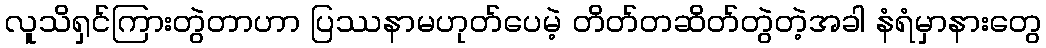
လူသိရှင်ကြားတွဲတာဟာ ပြဿနာမဟုတ်ပေမဲ့ တိတ်တဆိတ်တွဲတဲ့အခါ နံရံမှာနားတွေ